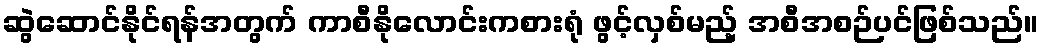
ဆွဲဆောင်နိုင်ရန်အတွက် ကာစီနိုလောင်းကစားရုံ ဖွင့်လှစ်မည့် အစီအစဉ်ပင်ဖြစ်သည်။